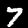
Label: 7